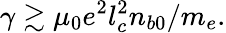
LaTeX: \gamma\gtrsim\mu_{0}e^{2}l_{c}^{2}n_{b0}/m_{e}.